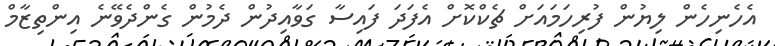
އެހެނިހެން ލިޔުން ފުރިހަމައަށް ޗެކްކޮށް އެފަދަ ފައިސާ ގަވާއިދުން ދެމުން ގެންދެވޭނެ އިންތިޒާމް